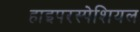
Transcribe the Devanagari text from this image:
हाइपरस्पेशियल